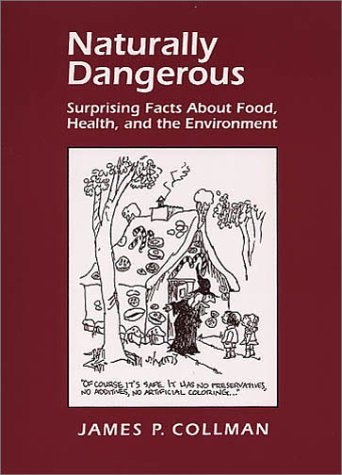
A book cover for Naturally Dangerous: Surprising Facts About Food, Health, and the Environment; James Collman; Health, Fitness & Dieting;